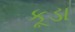
કૂડા